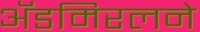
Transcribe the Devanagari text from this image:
ॲडमिरलने